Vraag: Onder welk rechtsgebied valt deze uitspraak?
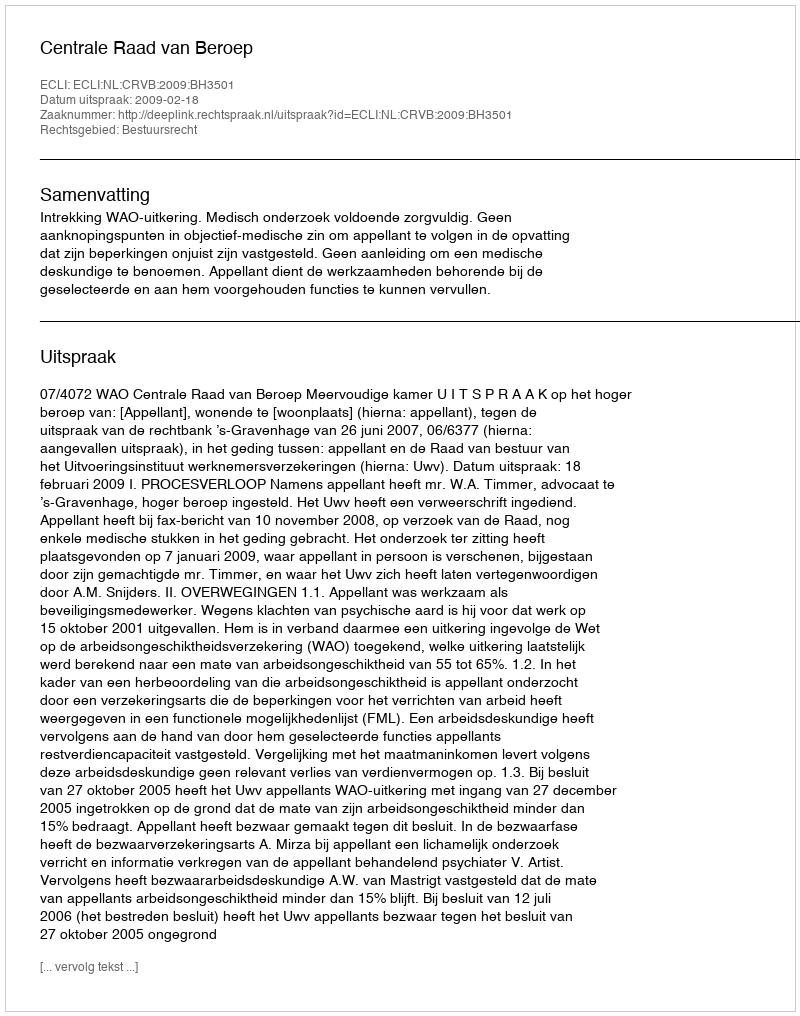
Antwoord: Bestuursrecht